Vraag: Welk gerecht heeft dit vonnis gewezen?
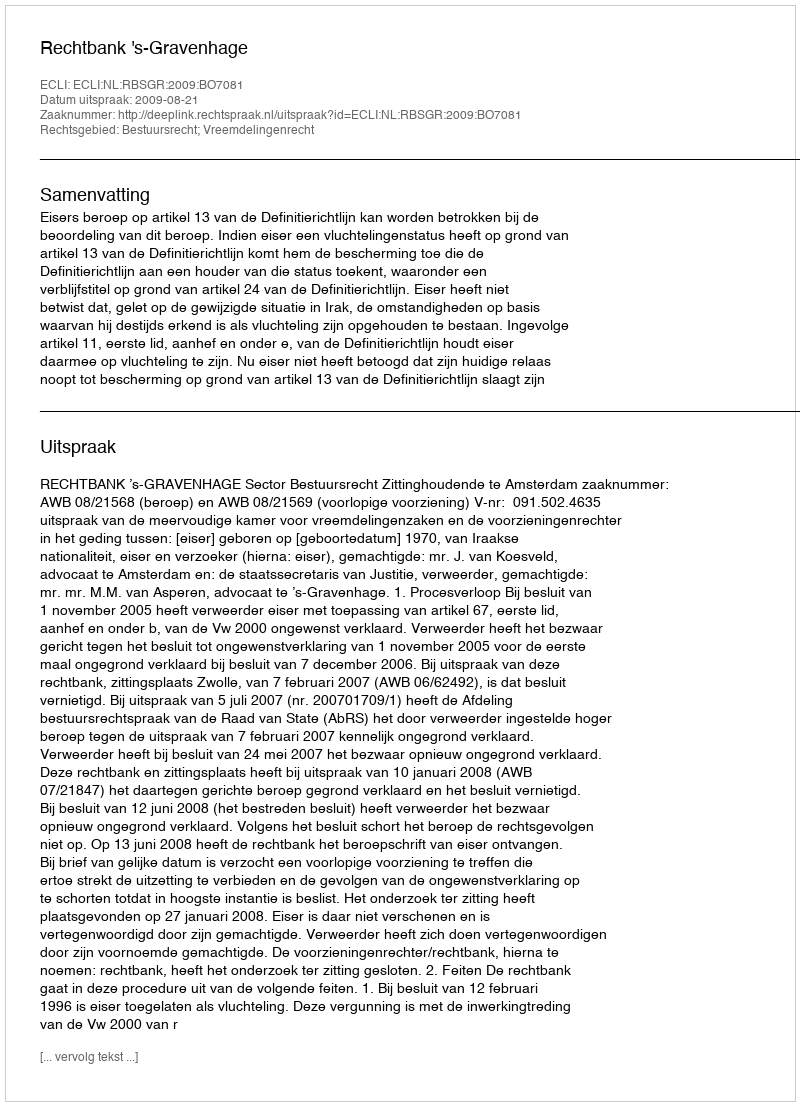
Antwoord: Rechtbank 's-Gravenhage